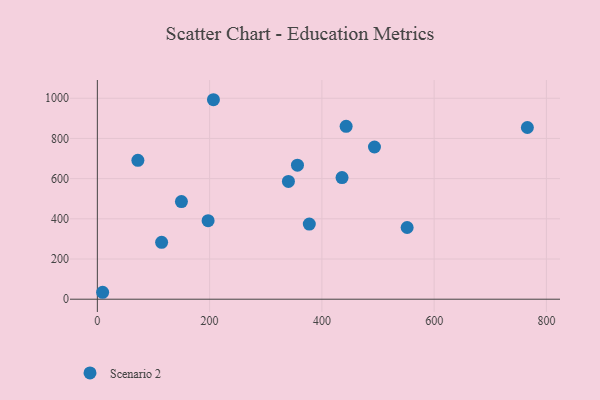
{"axis": {"x": "Experience", "y": "Yield"}, "legend": ["Scenario 2"], "data": [{"x": "9.4", "y": 34.5, "type": "Scenario 2"}, {"x": "551.9", "y": 356.9, "type": "Scenario 2"}, {"x": "206.8", "y": 992.5, "type": "Scenario 2"}, {"x": "149.8", "y": 485.7, "type": "Scenario 2"}, {"x": "197.3", "y": 390.5, "type": "Scenario 2"}, {"x": "377.6", "y": 373.9, "type": "Scenario 2"}, {"x": "114.5", "y": 282.8, "type": "Scenario 2"}, {"x": "435.9", "y": 605.3, "type": "Scenario 2"}, {"x": "356.5", "y": 666.7, "type": "Scenario 2"}, {"x": "493.7", "y": 757.2, "type": "Scenario 2"}, {"x": "443.2", "y": 860.4, "type": "Scenario 2"}, {"x": "766.1", "y": 854.3, "type": "Scenario 2"}, {"x": "340.4", "y": 585.8, "type": "Scenario 2"}, {"x": "72.2", "y": 690.8, "type": "Scenario 2"}]}